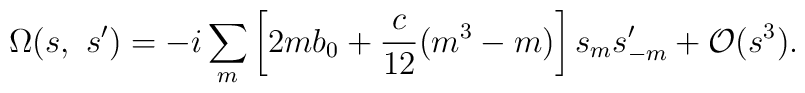
\Omega(s, \ s')=-i\sum_m\left[2mb_0+\frac{c}{12}(m^3-m)\right]s_m s'_{-m}     +{\cal O}(s^3).